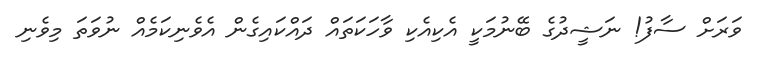
ވަރަށް ސާފު! ނަޝީދުގެ ބޭނުމަކީ އެކިއެކި ވާހަކަތައް ދައްކައިގެން އެވެނިކަމެއް ނުވަތަ މިވެނި